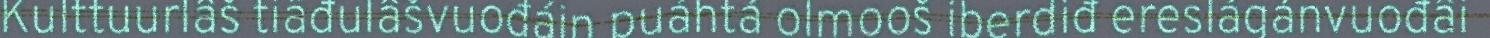
Kulttuurlâš tiäđulâšvuođáin puáhtá olmooš iberdiđ ereslágánvuođâi